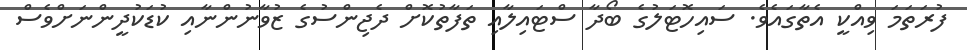
ފުރަތަމަ ވިއްކީ އެތާގައެވެ. ސައިހޮޓަލުގެ ބޯދާ ސްޓައިލާއި ތަފާތުކޮށް ދެޖިންސުގެ ޒުވާނުންނާއި ކުޑަކުދީންނަށްވެސް